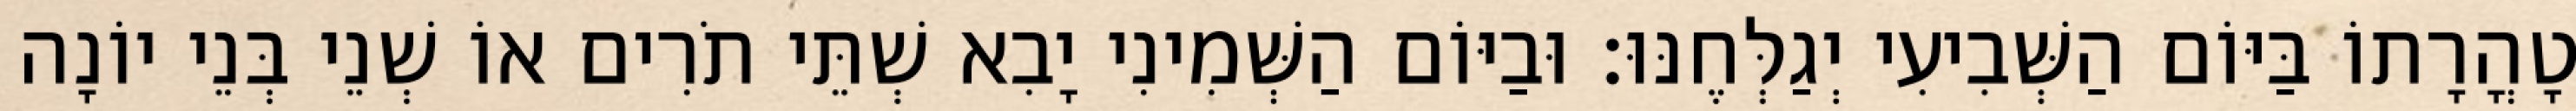
טָהֳרָתוֹ בַּיּוֹם הַשְּׁבִיעִי יְגַלְּחֶנּוּ׃ וּבַיּוֹם הַשְּׁמִינִי יָבִא שְׁתֵּי תֹרִים אוֹ שְׁנֵי בְּנֵי יוֹנָה